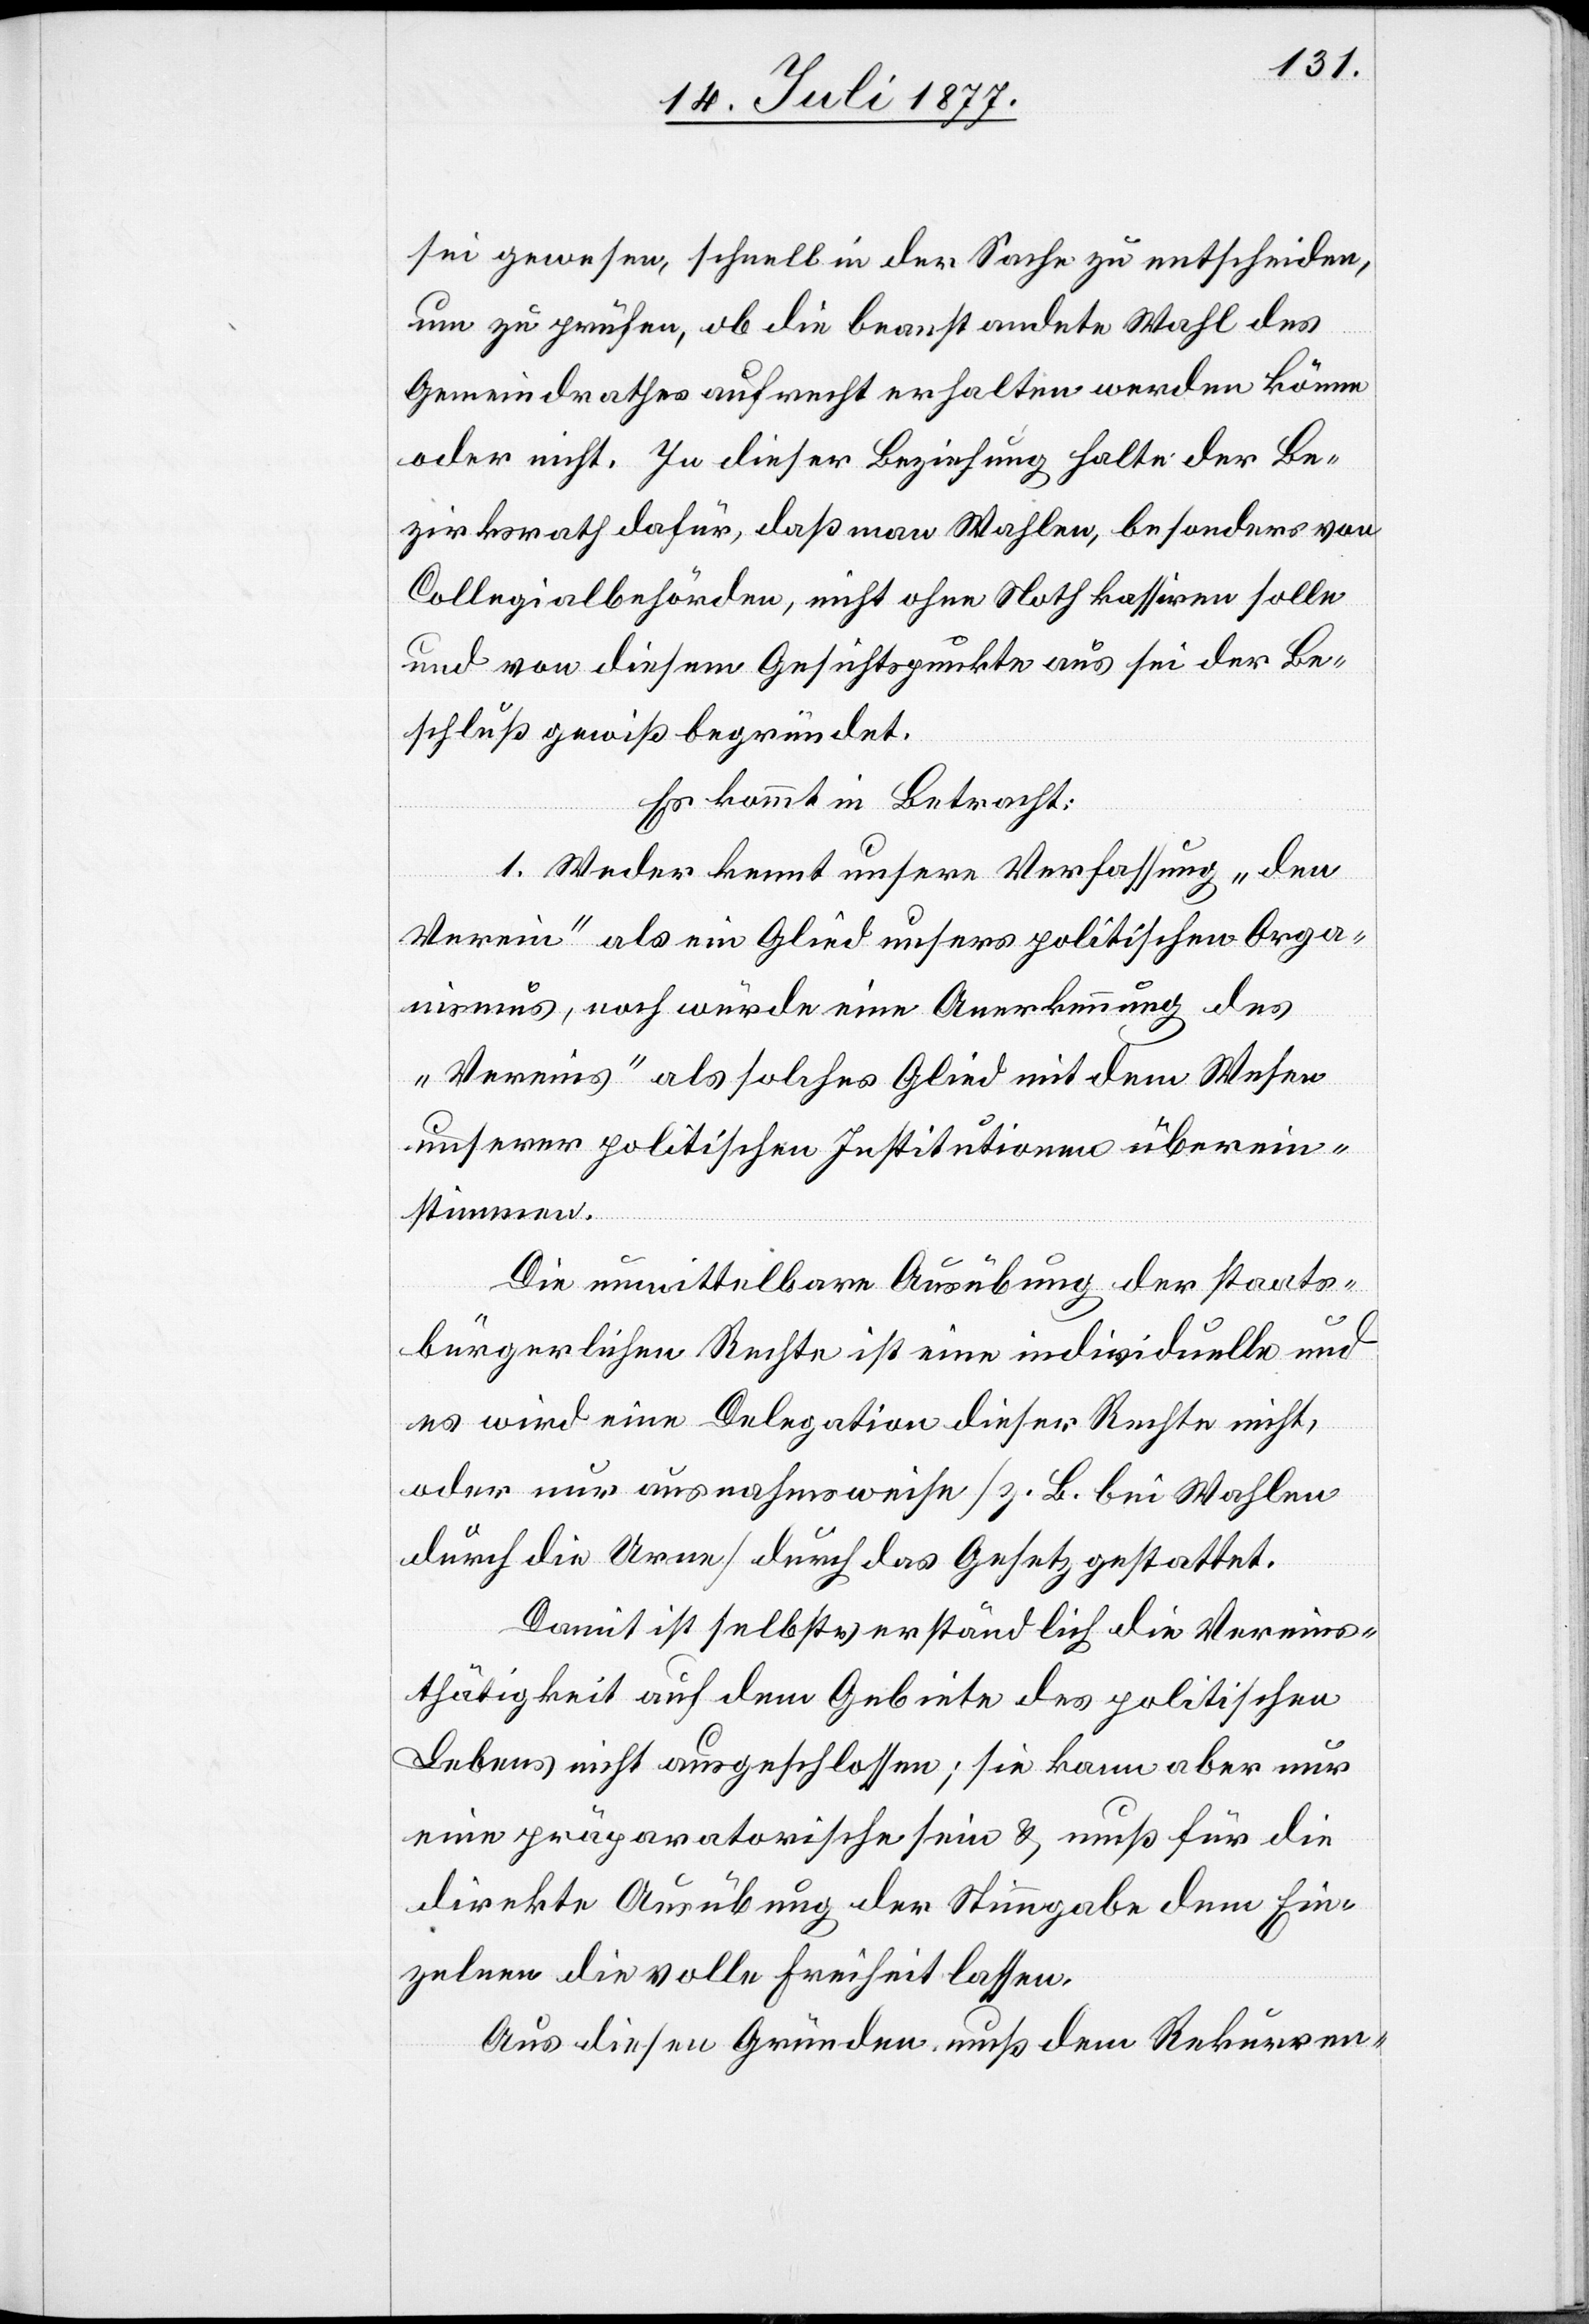
sei gewesen, schnell in der Sache zu entscheiden,
um zu prüfen, ob die beanstandete Wahl des
Gemeindrathes aufrecht erhalten werden könne
oder nicht. In dieser Beziehung halte der Be¬
zirksrath dafür, daß man Wahlen, besonders von
Collegialbehörden, nicht ohne Noth kassiren solle
und von diesem Gesichtspunkte aus sei der Be¬
schluß gewiß begründet.
Es kommt in Betracht:
1. Weder kennt unsere Verfassung „den
Verein“ als ein Glied unsers politischen Orga¬
nismus, noch würde eine Anerkennung des
„Vereins“ als solches Glied mit dem Wesen
unserer politischen Institutionen überein¬
stimmen.
Die unmittelbare Ausübung der staats¬
bürgerlichen Rechte ist eine individuelle und
es wird eine Delegation dieser Rechte nicht,
oder nur ausnahmsweise [z. B. bei Wahlen
durch die Urne] durch das Gesetz gestattet.
Damit ist selbstverständlich die Vereins¬
thätigkeit auf dem Gebiete des politischen
Lebens nicht ausgeschlossen; sie kann aber nur
eine präparatorische sein & muß für die
direkte Ausübung der Stimmgabe dem Ein¬
zelnen die volle Freiheit lassen.
Aus diesen Gründen muß dem Rekurren-